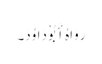
رَوَاہُ أَبُوْ دَاوُدَ۔